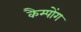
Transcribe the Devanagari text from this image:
कैम्पोंग